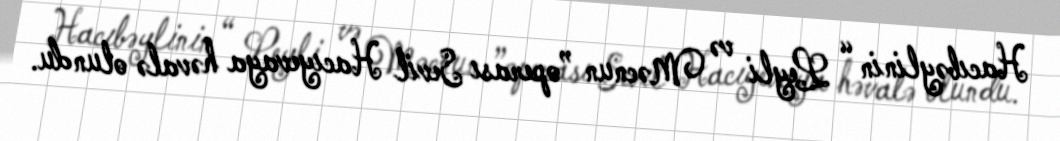
Hacıbəylinin “ Leyli və Məcnun ”operası Sevil Hacıyevaya həvalə olundu.